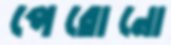
পেরোনো